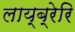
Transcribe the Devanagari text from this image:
लाय्ब्रेरि